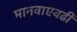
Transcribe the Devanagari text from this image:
मानवाएवढी